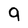
Character: 9